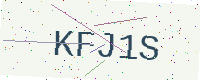
Text: KFJ1S